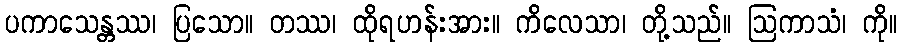
ပကာသေန္တဿ၊ ပြသော။ တဿ၊ ထိုရဟန်းအား။ ကိလေသာ၊ တို့သည်။ ဩကာသံ၊ ကို။